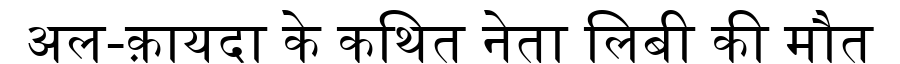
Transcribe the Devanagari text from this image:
अल-क़ायदा के कथित नेता लिबी की मौत